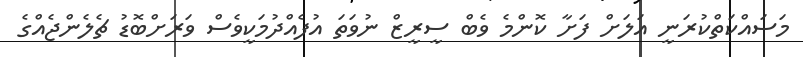
މަސައްކަތްކުރަނީ އަލަށް ފަށާ ކޮންމެ ވެބް ސީރީޒް ނުވަތަ އުފެއްދުމަކީވެސް ވަރަށްބޮޑު ޗެލެންޖެއްގެ